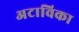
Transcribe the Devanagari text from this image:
अटाविका